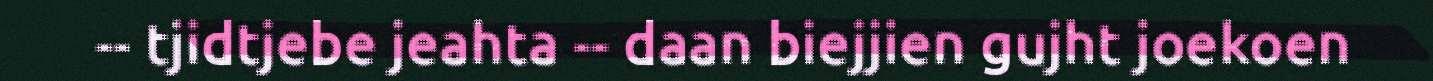
-- tjidtjebe jeahta -- daan biejjien gujht joekoen